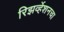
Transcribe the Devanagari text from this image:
रिझर्व्हेशनचा